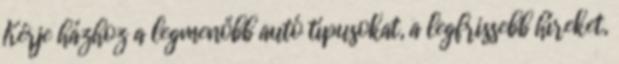
Kérje házhoz a legmenőbb autó típusokat, a legfrissebb híreket,